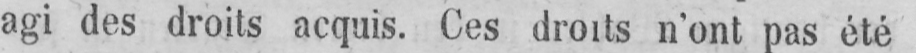
agi des droits acquis. Ces droits n’ont pas été